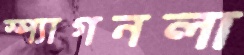
স্প্যাগনলা